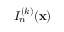
I _ { n } ^ { ( k ) } ( { \bf x } )